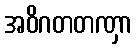
အဝိဂတတဏှာ